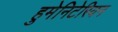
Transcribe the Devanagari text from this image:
हुमेनिटेरियन